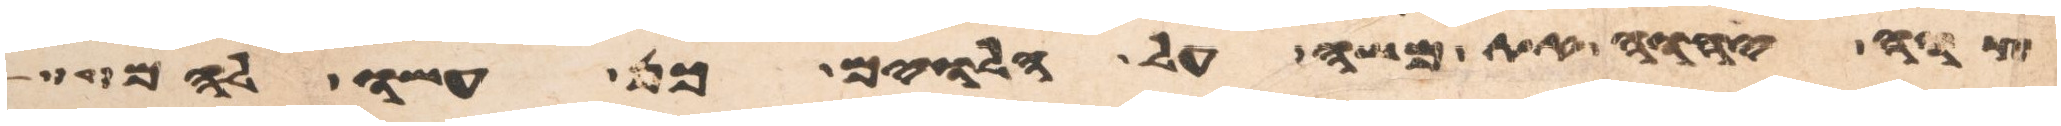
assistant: צוה יהוה את משה על הלוים כן עשו להם